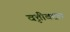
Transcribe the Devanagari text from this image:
वृत्तीबद्दल